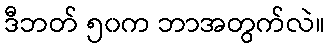
ဒီဘတ် ၅၀က ဘာအတွက်လဲ။